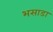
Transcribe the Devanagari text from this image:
भसाडा